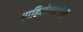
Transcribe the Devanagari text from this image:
राहिलेल्यापैंकी